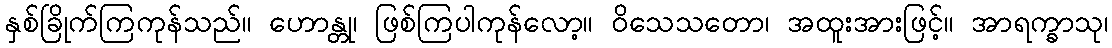
နှစ်ခြိုက်ကြကုန်သည်။ ဟောန္တု၊ ဖြစ်ကြပါကုန်လော့။ ဝိသေသတော၊ အထူးအားဖြင့်။ အာရက္ခာသု၊